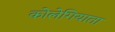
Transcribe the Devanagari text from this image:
कोलेगियाता